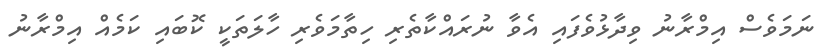
ނަމަވެސް އިމްރާނު ވިދާޅުވެފައި އެވާ ނުރައްކާތެރި ހިތާމަވެރި ހާލަތަކީ ކޮބައި ކަމެއް އިމްރާނު